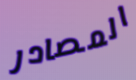
المصادر